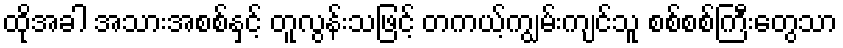
ထိုအခါ အသားအစစ်နှင့် တူလွန်းသဖြင့် တကယ့်ကျွမ်းကျင်သူ စစ်စစ်ကြီးတွေသာ